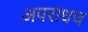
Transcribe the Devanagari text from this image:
अपराधच